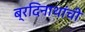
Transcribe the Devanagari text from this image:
ब्रदिनाथांची